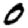
Digit: 0